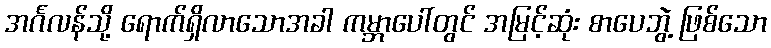
အင်္ဂလန်သို့ ရောက်ရှိလာသောအခါ ကမ္ဘာပေါ်တွင် အမြင့်ဆုံး စာပေဘွဲ့ ဖြစ်သော